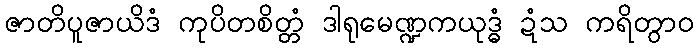
ဇာတိပူဇာယိဒံ ကုပိတစိတ္တံ ဒါရုမေဏ္ဍကယုဒ္ဓံ ဍံသ ကရိတွာဝ